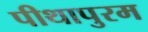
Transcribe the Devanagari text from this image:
पीथापुरम